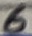
Text: 6